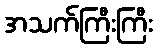
အသက်ကြီးကြီး